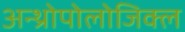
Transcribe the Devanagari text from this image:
अन्थ्रोपोलोजिक्ल